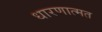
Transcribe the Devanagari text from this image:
धारणात्मत